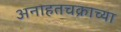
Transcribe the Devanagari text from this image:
अनाहतचक्राच्या